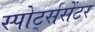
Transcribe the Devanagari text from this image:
स्पोर्ट्ससेंटर